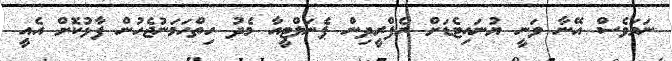
ނަމަވެސް އޭނާ ވަނީ ޔުނައިޓެޑަށް ރެފްރީދިން ޕެނަލްޓީއާ މެދު ހިތްހަމަނުޖެހުން ފާޅުކޮށް އެއީ